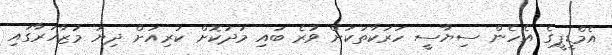
އެމްޑީޕީގެ އެހެން ސިޔާސީ ހަރަކާތަކަށް ވުރެ ބައި މަދުކޮށް ކުރިއަށް ދިޔަ މުޒާހަރާގައި